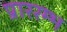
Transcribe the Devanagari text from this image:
प्राररम्भ